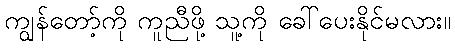
ကျွန်တော့်ကို ကူညီဖို့ သူ့ကို ခေါ်ပေးနိုင်မလား။